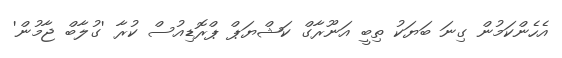
އެހެންކަމުން ގިނަ ބަޔަކު ތިބީ އަނޫރާގް ކަޝްޔަޕް ޕްރޮޑިއުސް ކުރާ 'ގުލާބް ޖާމުން'